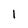
Character: 1